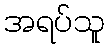
အရပ်သူ